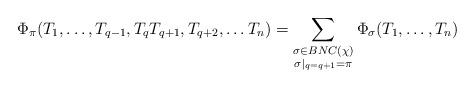
LaTeX: \begin{align*}\Phi_{\pi}(T_1, \ldots, T_{q-1}, T_qT_{q+1}, T_{q+2}, \ldots T_n) = \sum_{\substack{\sigma \in BNC(\chi) \\ \sigma|_{q = q+1} = \pi}} \Phi_\sigma(T_1, \ldots, T_n)\end{align*}